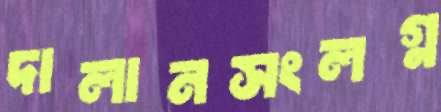
দালানসংলগ্ন